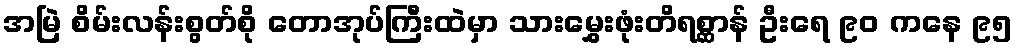
အမြဲ စိမ်းလန်းစွတ်စို တောအုပ်ကြီးထဲမှာ သားမွှေးဖုံးတိရစ္ဆာန် ဦးရေ ၉၀ ကနေ ၉၅